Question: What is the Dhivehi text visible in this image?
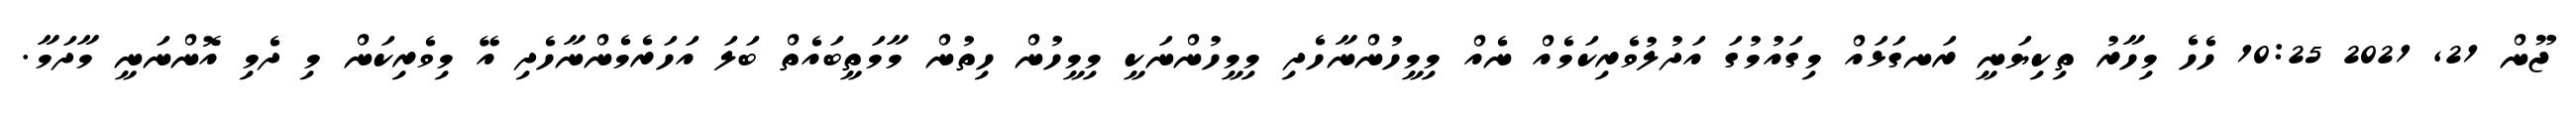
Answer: ޖޫން 21, 2021 10:25 ހެހެ މިހާރު ތިކިޔަނީ ރަނގަޅައް މިގައުމުގަ އަދުލުވެރިކަމެއް ނެއް މިމީހުންނާހެދި މިމީހުންނަކީ މިމީހުން ހިތުން މާމަތީބައެތް ބަލަ އަހަރެމެންނާހެދި އޭ މިވެރިކަން މި ދެމި އޮންނަނީ މާދަމާ.